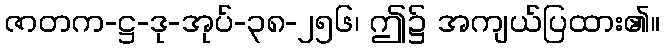
ဇာတက-ဋ္ဌ-ဒု-အုပ်-၃၈-၂၅၆၊ ဤ၌ အကျယ်ပြထား၏။